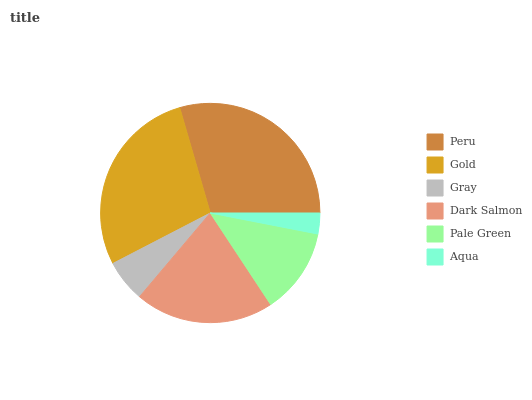
| Peru | Gold | Gray | Dark Salmon | Pale Green | Aqua |
 | --- | --- | --- | --- | --- | --- |
 | 29.5% | 28.2% | 6.23% | 20.4% | 12.7% | 3.07% |